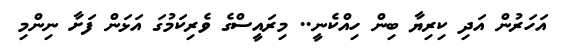
އަހަރުން އަދި ކިރިޔާ ބިން ހިއްކެނީ.. މިރައީސްގެ ވެރިކަމުގަ އަޅަން ފަށާ ނިންމި